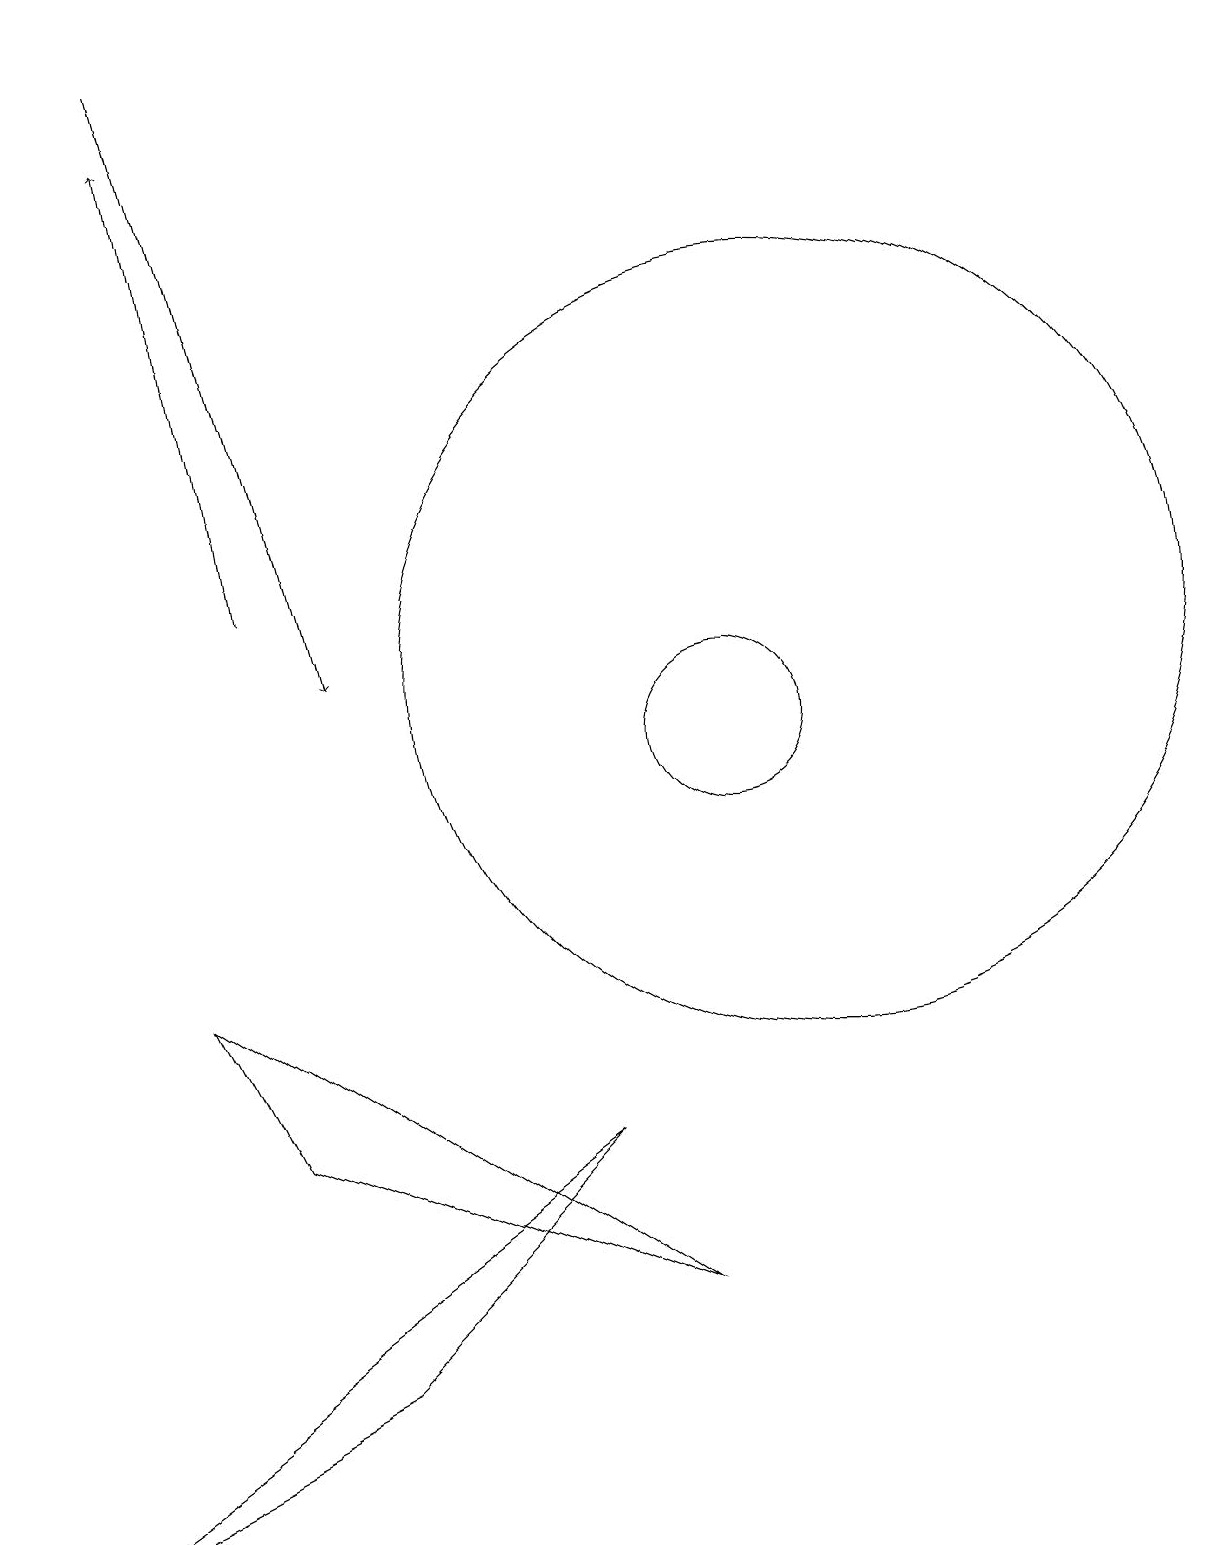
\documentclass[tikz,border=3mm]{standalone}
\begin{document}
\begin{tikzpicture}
\draw[->] (3,19) -- (5,11);
\draw (3,7) -- (4,5) -- (9,3) -- cycle;
\draw (8,5) -- (5,2) -- (1,0) -- cycle;
\draw[->] (4,12) -- (3,18);
\draw (11,11) circle (5);
\draw (10,10) circle (1);
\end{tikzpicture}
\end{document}